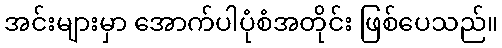
အင်းများမှာ အောက်ပါပုံစံအတိုင်း ဖြစ်ပေသည်။